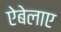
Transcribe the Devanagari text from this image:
ऐबेलाए